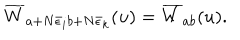
LaTeX: \overline { { { W } } } _ { a + N \bar { \epsilon } _ { i } b + N \bar { \epsilon } _ { k } } ( u ) = \overline { { { W } } } _ { a b } ( u ) .